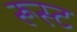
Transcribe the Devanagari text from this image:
रूस्ट